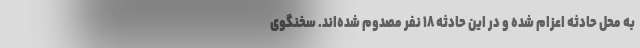
به محل حادثه اعزام شده و در این حادثه ۱۸ نفر مصدوم شده‌اند. سخنگوی